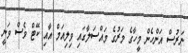
ނަރުސް އަންހެން މީހާގެ މަރުގެ މައްސަލާގައި ވިލިއަމް އާއި ކޭޓް ވެސް ވަނީ